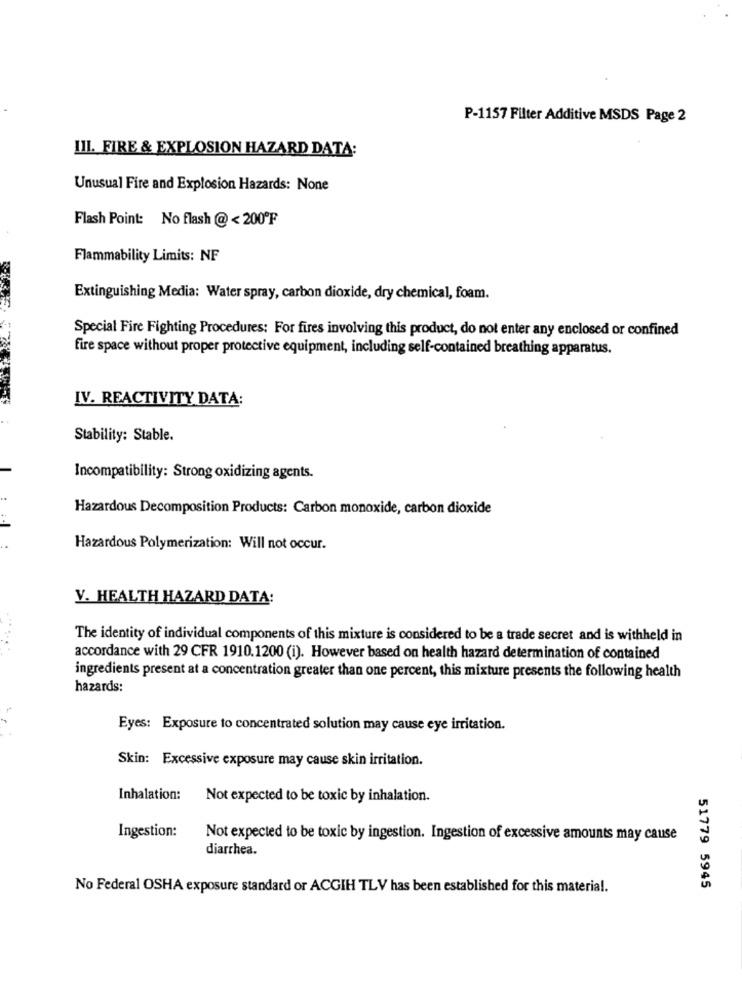
P-1157 Filter Additive MSDS Page 2
III. FIRE & EXPLOSION HAZARD DATA:
Unusual Fire and Explosion Hazards: None
Flash Point: No flash @ < 200ºF
Flammability Limits: NF
Extinguishing Media: Water spray, carbon dioxide, dry chemical, foam.
Special Fire Fighting Procedures: For fires involving this product, do not enter any enclosed or confined
fire space without proper protective equipment, including self-contained breathing apparatus.
IV. REACTIVITY DATA:
Stability: Stable.
Incompatibility: Strong oxidizing agents.
Hazardous Decomposition Products: Carbon monoxide, carbon dioxide
Hazardous Polymerization: Will not occur.
V. HEALTH HAZARD DATA:
The identity of individual components of this mixture is considered to be a trade secret and is withheld in
accordance with 29 CFR 1910.1200 (i). However based on health hazard determination of contained
ingredients present at a concentration greater than one percent, this mixture presents the following health
hazards:
Eyes: Exposure to concentrated solution may cause eye irritation.
Skin: Excessive exposure may cause skin irritation.
Inhalation:
Not expected to be toxic by inhalation.
Ingestion:
Not expected to be toxic by ingestion. Ingestion of excessive amounts may cause
diarrhea.
No Federal OSHA exposure standard or ACGIH TLV has been established for this material.
51779 5945